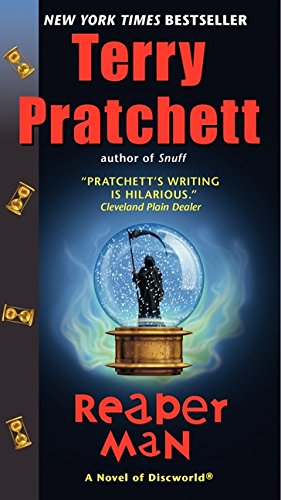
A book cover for Reaper Man (Discworld); Terry Pratchett; Science Fiction & Fantasy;